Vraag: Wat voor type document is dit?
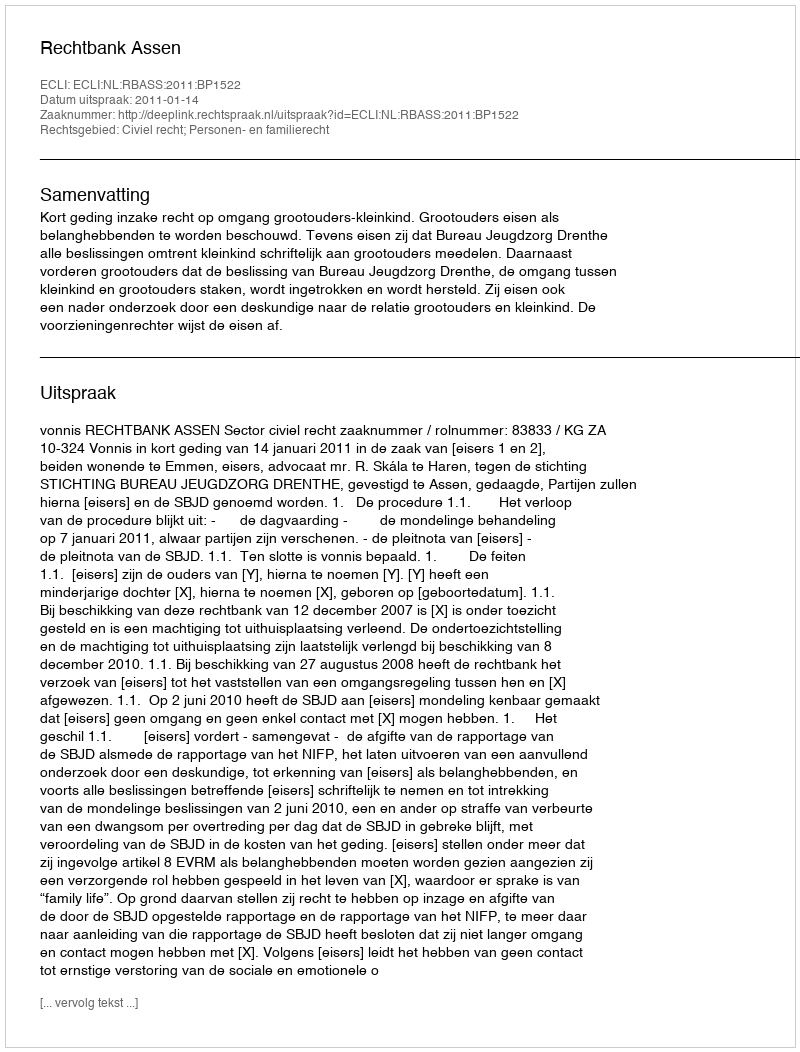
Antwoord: Uitspraak